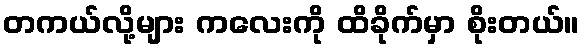
တကယ်လို့များ ကလေးကို ထိခိုက်မှာ စိုးတယ်။